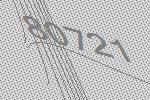
80721